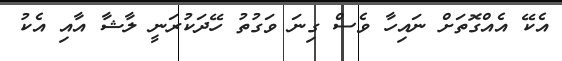
އެކޭ އެއްގޮތަށް ނައިހާ ވެސް ގިނަ ވަގުތު ހޭދަކުރަނީ ލާޝާ އާއި އެކު